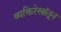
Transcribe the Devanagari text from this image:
व्यक्तिरेखांतून